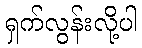
ရှက်လွန်းလို့ပါ